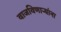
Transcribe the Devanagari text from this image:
वाजविणार्‍यांना